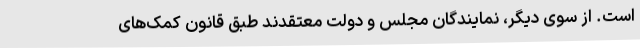
است. از سوی دیگر، نمایندگان مجلس و دولت معتقدند طبق قانون کمک‌های